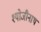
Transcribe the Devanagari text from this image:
श्योजीनाथ